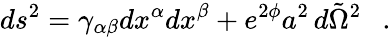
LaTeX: ds^{2}=\gamma_{\alpha\beta}dx^{\alpha}dx^{\beta}+e^{2\phi}a^{2}\, d{\tilde{\Omega}}^{2}~~~.